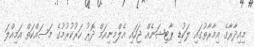
މިއިދާރާގެ އިމާރާތުގައި ލަކުޑި ޕާޓިޝަނެއް ޖަހައި އެލްމިނިއަމް ދޮރު ހަރުކުރުމުގެ މަސައްކަތް އަމިއްލަ